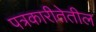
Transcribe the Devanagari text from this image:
पत्रकारीतेतील